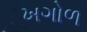
ખગોળ